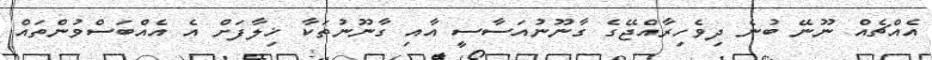
އެއްޗެއް ނޫނޭ ބުނެ ދިވެހިރާއްޖޭގެ ގާނޫނުއަސާސީ އާއި ގާނޫނުތަކާ ޚިލާފަށް އެ އެއްބަސްވުންތައް